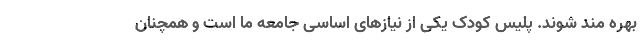
بهره مند شوند. پلیس کودک یکی از نیازهای اساسی جامعه ما است و همچنان